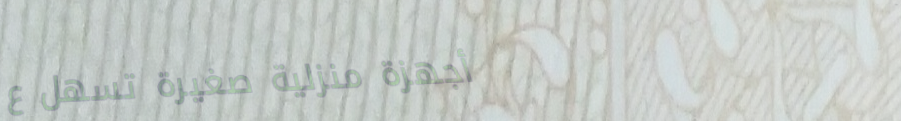
أجهزة منزلية صغيرة تسهل ع